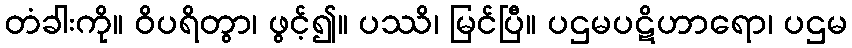
တံခါးကို။ ဝိပရိတွာ၊ ဖွင့်၍။ ပဿိ၊ မြင်ပြီ။ ပဌမပဋိဟာရော၊ ပဌမ